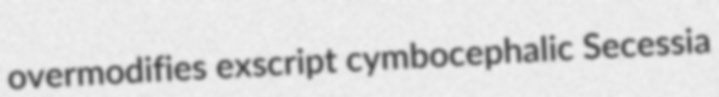
overmodifies exscript cymbocephalic Secessia